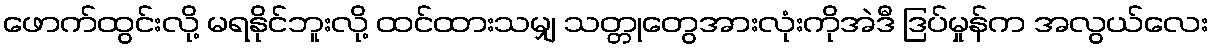
ဖောက်ထွင်းလို့ မရနိုင်ဘူးလို့ ထင်ထားသမျှ သတ္တုတွေအားလုံးကိုအဲဒီ ဒြပ်မှုန်က အလွယ်လေး